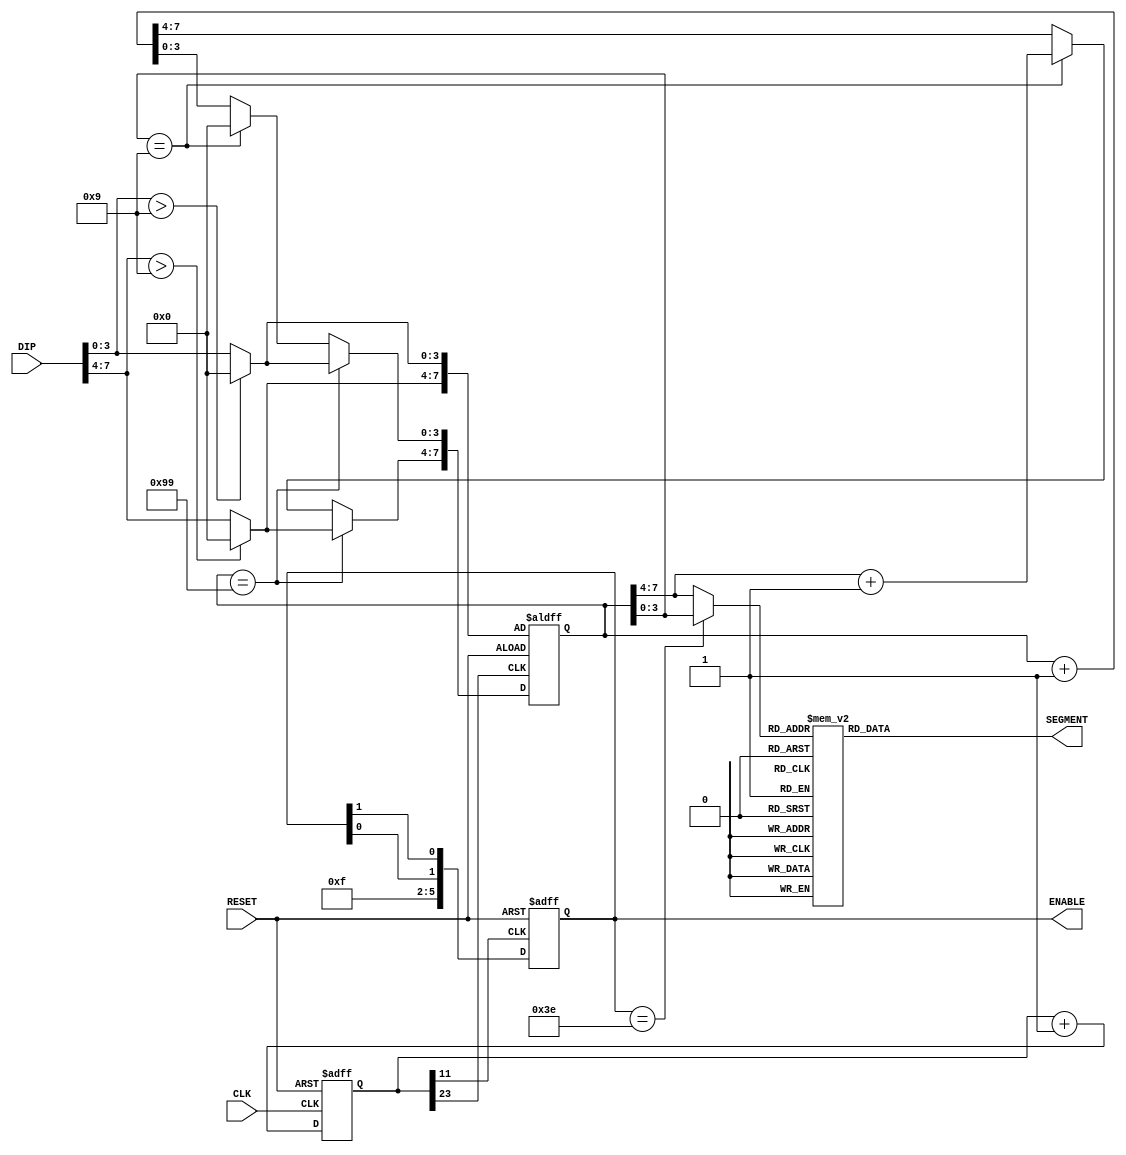
`timescale 1ns / 1ps
//////////////////////////////////////////////////////////////////////////////////
// Company: 
// Engineer: 
// 
// Design Name: 
// Module Name:    SWITCH_BCD 
// Project Name: 
// Target Devices: 
// Tool versions: 
// Description: 
//
// Dependencies: 
//
// Revision: 
// Revision 0.01 - File Created
// Additional Comments: 
//
//////////////////////////////////////////////////////////////////////////////////
module SWITCH_BCD(CLK, RESET, DIP, SEGMENT, ENABLE);
    input CLK;
    input RESET;
    input [7:0] DIP;
    output [7:0] SEGMENT;
    output [5:0] ENABLE;

	 reg [23:0] DIVID;
	 reg [7:0] BCD;
	 reg [5:0] ENABLE;
	 reg [7:0] SEGMENT;
	 reg [3:0] DECODE;
	 
	 wire [7:0] DIP1;
	 
	 always @(posedge CLK or negedge RESET)
		begin
			if(!RESET)
				DIVID <= 24'h000000;
			else
				DIVID <= DIVID + 1'b1;
		end
	
	 assign COUNT_CLK = DIVID[23];
	 assign SCAN_CLK = DIVID[11];
	 assign DIP1[3:0] = (DIP[3:0] > 4'h9) ? 4'h0 : DIP[3:0];
	 assign DIP1[7:4] = (DIP[7:4] > 4'h9) ? 4'h0 : DIP[7:4];
	 
	 always @(posedge COUNT_CLK or negedge RESET)
		begin
			begin
				if(!RESET)
					BCD <= DIP1;
				else
					begin
						BCD <= BCD + 1'b1;
						
						if(BCD[3:0] == 4'h9)
							begin
								BCD[3:0] <= 4'h0;
								BCD[7:4] <= BCD[7:4] + 1'b1;
							end
						
						if(BCD == 8'h99)
							BCD <= DIP1;
					end
			end
		end

	 always @(posedge SCAN_CLK or negedge RESET)
		begin
			if(!RESET)
				ENABLE <= 6'b111110;
			else
				ENABLE <= {4'b1111, ENABLE[0], ENABLE[1]};
		end
		
	 always @(ENABLE or BCD)
		begin
			case(ENABLE)
				6'b111110	:	DECODE = BCD[3:0];
				default		:	DECODE = BCD[7:4];
			endcase
		end
	
	 always @(DECODE)
		begin
			case(DECODE)
				4'h0		:	SEGMENT = 8'b11000000;
				4'h1		:	SEGMENT = 8'b11111001;
				4'h2		:	SEGMENT = 8'b10100100;
				4'h3		:	SEGMENT = 8'b10110000;
				4'h4		:	SEGMENT = 8'b10011001;
				4'h5		:	SEGMENT = 8'b10010010;
				4'h6		:	SEGMENT = 8'b10000010;
				4'h7		:	SEGMENT = 8'b11111000;
				4'h8		:	SEGMENT = 8'b10000000;
				4'h9		:	SEGMENT = 8'b10010000;
				default	:	SEGMENT = 8'b11111111;				
			endcase
		end
		
endmodule